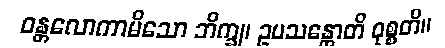
ဝန္တလောကာမိသော ဘိက္ခု၊ ဥပသန္တောတိ ဝုစ္စတိ။